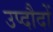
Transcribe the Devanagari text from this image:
उप्दौदों